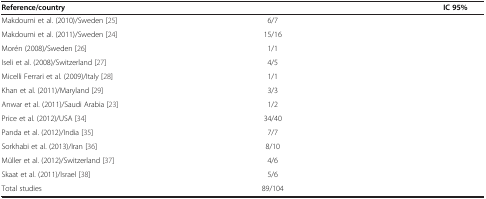
<table><thead><tr><td><b>Reference/country</b></td><td>[EMPTY_CELL]</td><td><b>IC 95%</b></td></tr></thead><tbody><tr><td>Makdoumi et al. (2010)/Sweden [25]</td><td>6/7</td><td>[EMPTY_CELL]</td></tr><tr><td>Makdoumi et al. (2011)/Sweden [24]</td><td>15/16</td><td>[EMPTY_CELL]</td></tr><tr><td>Morén (2008)/Sweden [26]</td><td>1/1</td><td>[EMPTY_CELL]</td></tr><tr><td>Iseli et al. (2008)/Switzerland [27]</td><td>4/5</td><td>[EMPTY_CELL]</td></tr><tr><td>Micelli Ferrari et al. (2009)/Italy [28]</td><td>1/1</td><td>[EMPTY_CELL]</td></tr><tr><td>Khan et al. (2011)/Maryland [29]</td><td>3/3</td><td>[EMPTY_CELL]</td></tr><tr><td>Anwar et al. (2011)/Saudi Arabia [23]</td><td>1/2</td><td>[EMPTY_CELL]</td></tr><tr><td>Price et al. (2012)/USA [34]</td><td>34/40</td><td>[EMPTY_CELL]</td></tr><tr><td>Panda et al. (2012)/India [35]</td><td>7/7</td><td>[EMPTY_CELL]</td></tr><tr><td>Sorkhabi et al. (2013)/Iran [36]</td><td>8/10</td><td>[EMPTY_CELL]</td></tr><tr><td>Müller et al. (2012)/Switzerland [37]</td><td>4/6</td><td>[EMPTY_CELL]</td></tr><tr><td>Skaat et al. (2011)/Israel [38]</td><td>5/6</td><td>[EMPTY_CELL]</td></tr><tr><td>Total studies</td><td>89/104</td><td>[EMPTY_CELL]</td></tr></tbody></table>